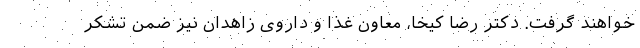
خواهند گرفت. دکتر رضا کیخا، معاون غذا و داروی زاهدان نیز ضمن تشکر